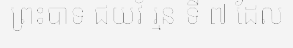
ព្រះបាទ ជយវ័ រ្មន ទី ៧ ដែល